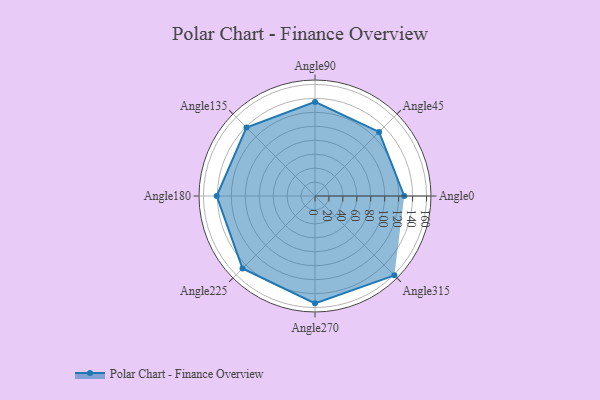
{"axis": {"x": "Angle", "y": "Radius"}, "legend": [""], "data": [{"x": "Angle0", "y": 128.0, "type": ""}, {"x": "Angle45", "y": 130.0, "type": ""}, {"x": "Angle90", "y": 135.0, "type": ""}, {"x": "Angle135", "y": 139.0, "type": ""}, {"x": "Angle180", "y": 141.0, "type": ""}, {"x": "Angle225", "y": 147.0, "type": ""}, {"x": "Angle270", "y": 154.0, "type": ""}, {"x": "Angle315", "y": 161.0, "type": ""}]}